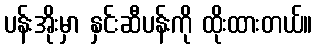
ပန်းအိုးမှာ နှင်းဆီပန်းကို ထိုးထားတယ်။